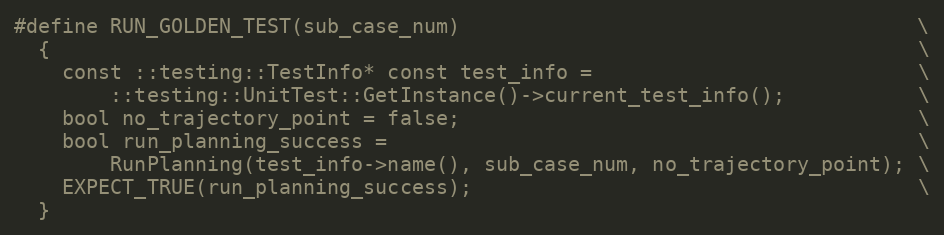
Language: C
#define RUN_GOLDEN_TEST(sub_case_num)                                      \
  {                                                                        \
    const ::testing::TestInfo* const test_info =                           \
        ::testing::UnitTest::GetInstance()->current_test_info();           \
    bool no_trajectory_point = false;                                      \
    bool run_planning_success =                                            \
        RunPlanning(test_info->name(), sub_case_num, no_trajectory_point); \
    EXPECT_TRUE(run_planning_success);                                     \
  }